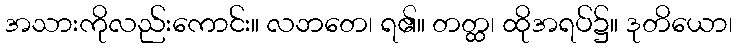
အသားကိုလည်းကောင်း။ လဘတေ၊ ရ၏။ တတ္ထ၊ ထိုအရပ်၌။ ဒုတိယော၊